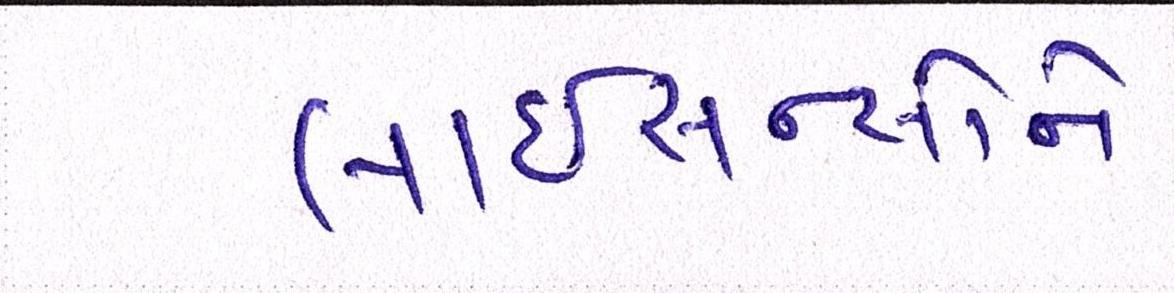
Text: લાઇસન્સોને